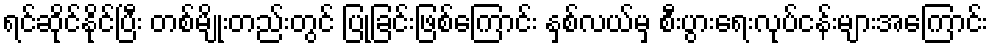
ရင်ဆိုင်နိုင်ပြီး တစ်မျိုးတည်းတွင် ပြုခြင်းဖြစ်ကြောင်း နှစ်လယ်မှ စီးပွားရေးလုပ်ငန်းများအကြောင်း